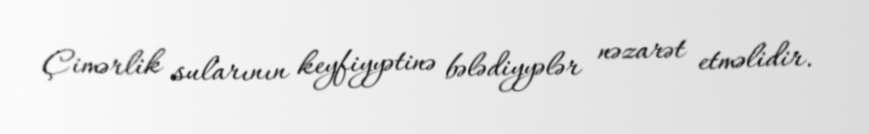
Çimərlik sularının keyfiyyətinə bələdiyyələr nəzarət etməlidir.